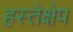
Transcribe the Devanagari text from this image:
हस्तेक्षेप